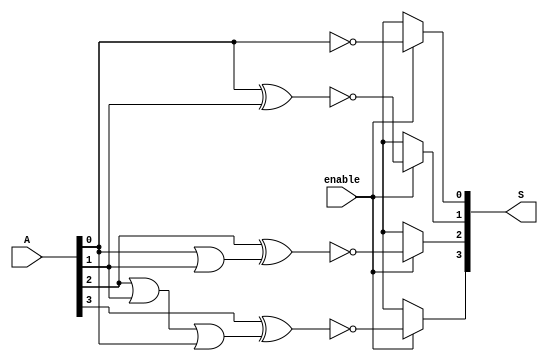
module decrementer(input enable, output reg [3:0] S, input [3:0] A);
always@ (enable, A) begin
S = 4'bxxxx;
if (enable) begin
 S[0]= ~A[0];
 S[1]= ~(A[0]^A[1]);
 S[2]= ~(A[2]^(A[0]||A[1]));
 S[3]= ~(A[3]^(A[2]||A[1]||A[0])); 
 end
end
endmodule